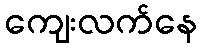
ကျေးလက်နေ